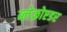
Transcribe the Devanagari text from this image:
ब्लेक्रोएडर